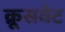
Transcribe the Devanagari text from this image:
क्रूसवेट